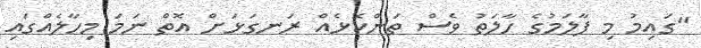
"ގައިމު މި ފާލަމުގެ ހާލަތު ވެސް ތަންކޮޅެއް ރަނގަޅަށް އޮތް ނަމަ މިހާލެއްގައި